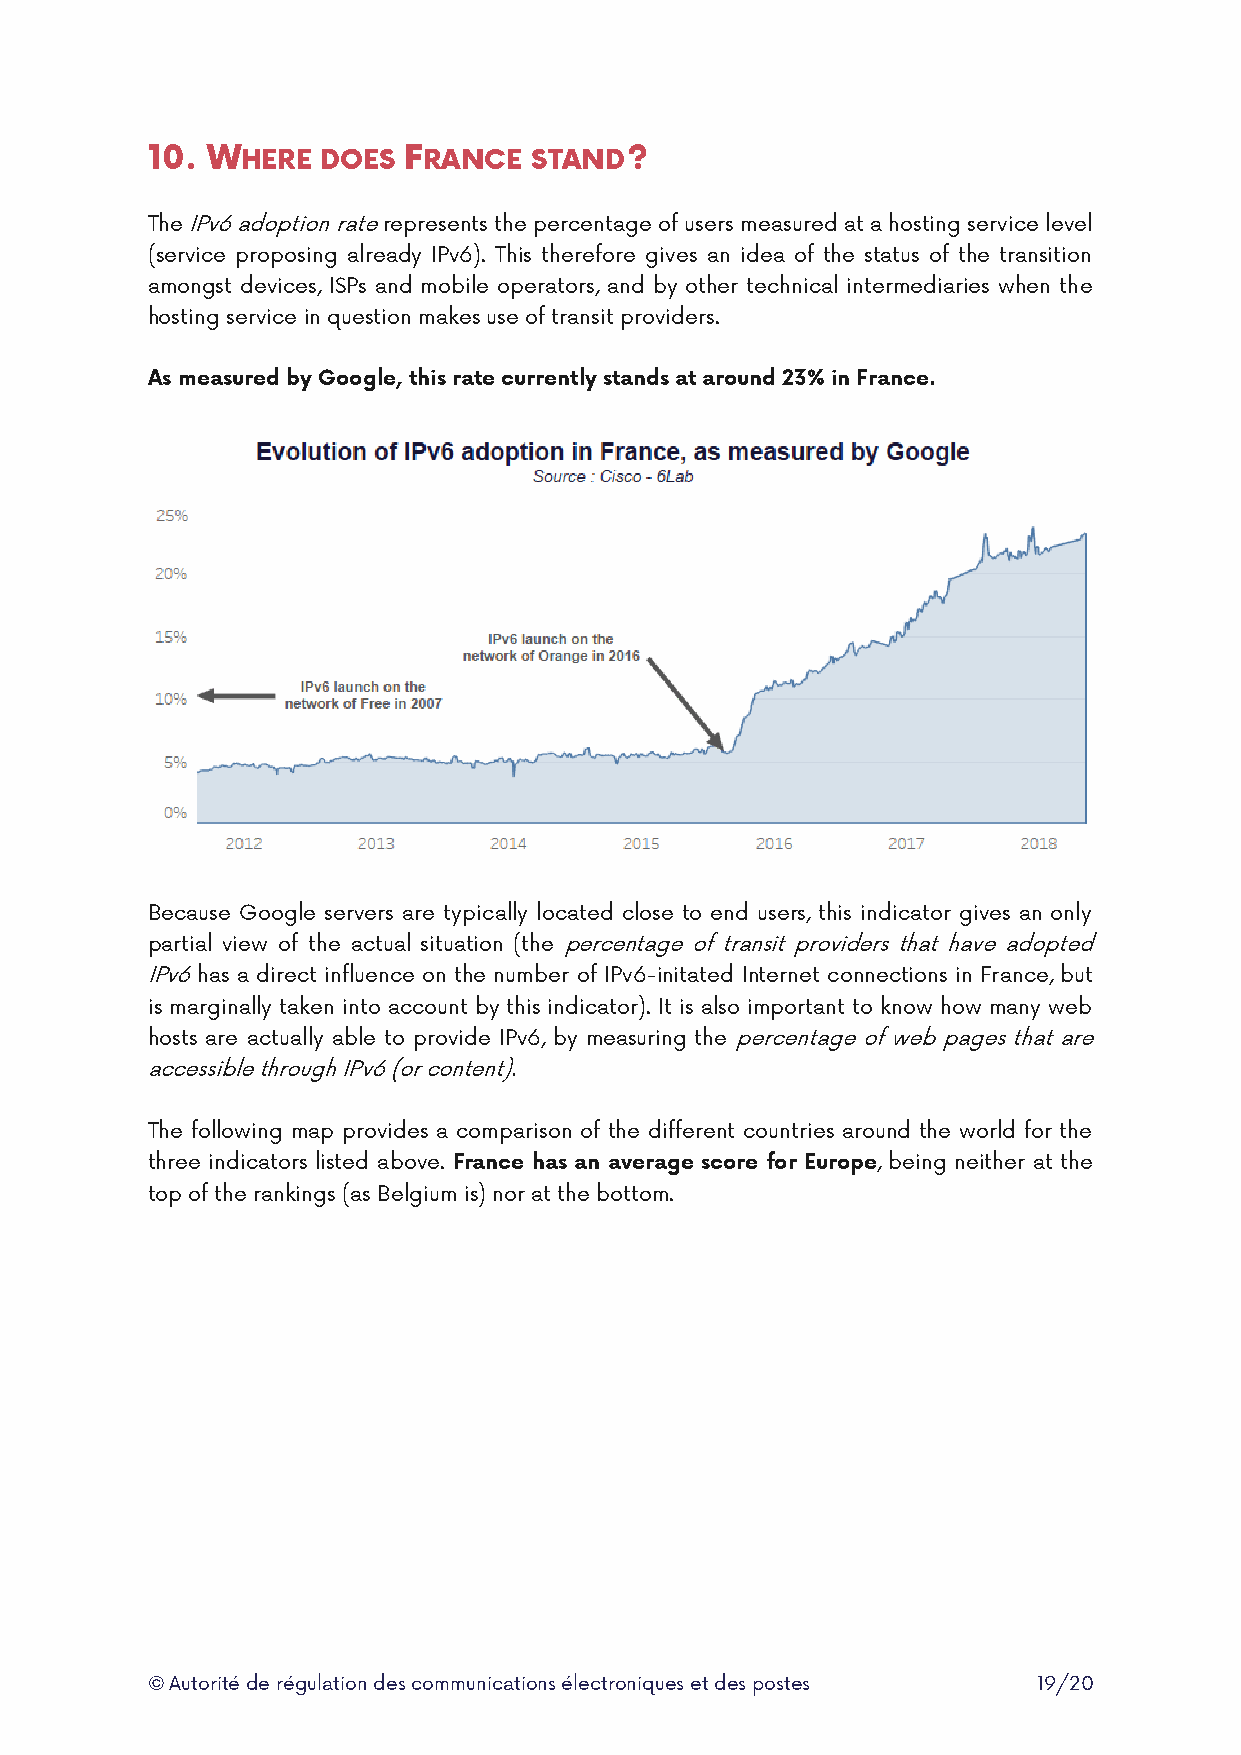
10. WHERE  DOES  FRANCE  STAND?
 The IPv6 adoption rate represents the percentage of users measured at a hosting service level
 (service proposing already IPv6). This therefore gives an idea of the status of the transition
 amongst devices, ISPs and mobile operators, and by other technical intermediaries when the
 hosting service in question makes use of transit providers.
 As measured by Google, this rate currently stands at around 23% in France.
 Because Google servers are typically located close to end users, this indicator gives an only
 partial view of the actual situation (the percentage of transit providers that have adopted
 IPv6 has a direct influence on the number of IPv6-initated Internet connections in France, but
 is marginally taken into account by this indicator). It is also important to know how many web
 hosts are actually able to provide IPv6, by measuring the percentage of web pages that are
 accessible through IPv6 (or content).
 The following map provides a comparison of the different countries around the world for the
 three indicators listed above. France has an average score for Europe, being neither at the
 top of the rankings (as Belgium is) nor at the bottom.
 © Autorité de régulation des communications électroniques et des postes 19/20